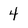
Character: 4